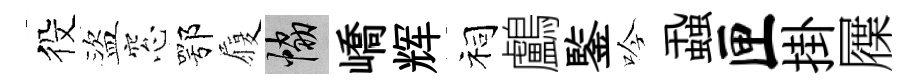
役盜窓鄂履協嶠辉祠鸕鍳吟蝨匣掛屧